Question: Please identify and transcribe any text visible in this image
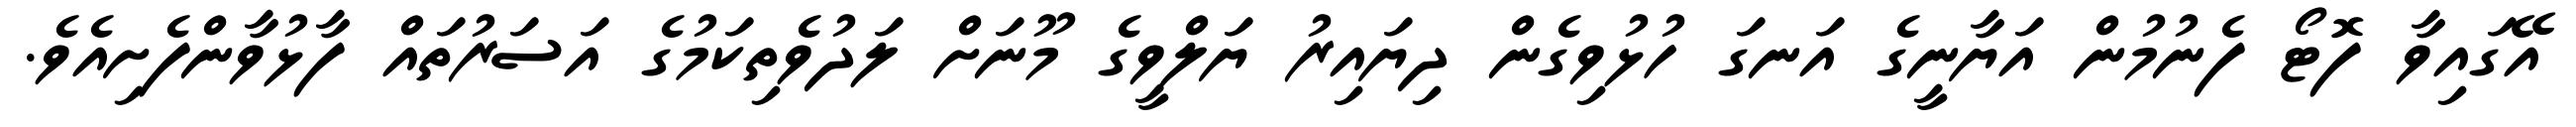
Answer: އޭގައިވާ ފޮޓޯ ފެނުމުން އަޔާނީގެ އަނގަ ހުޅުވިގެން ދިޔައިރު ޔަލްވީގެ މޫނަށް ލަދުވެތިކަމުގެ އަސަރުތައް ފާޅުވާންފެށިއެވެ.